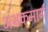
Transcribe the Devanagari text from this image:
अभ्रकमार्ग